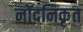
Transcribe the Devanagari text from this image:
नोंदनिकृत